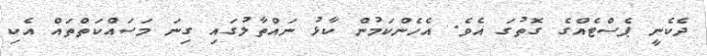
ދެކެނީ ޕެސްޓެއްގެ ގޮތުގަ އެވެ. އެހެންކަމުން ކާޅު ނައްތާލުގައި ގިނަ މަސައްކަތްތައް އެކި